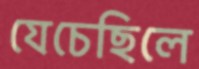
যেচেছিলে